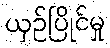
ယှဉ်ပြိုင်မှု